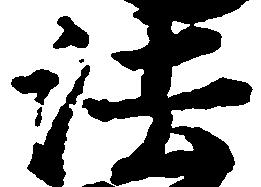
法